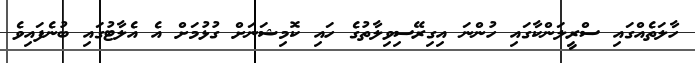
ހާލަތެއްގައި ސްރީލަންކާގައި ހުންނަ އިގިރޭސިވިލާތުގެ ހައި ކޮމިޝަނަށް ގުޅުމަށް އެ އެލާޓުގައި ބުނެފައިވެ